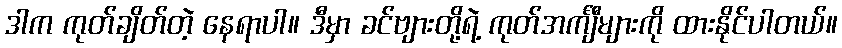
ဒါက ကုတ်ချိတ်တဲ့ နေရာပါ။ ဒီမှာ ခင်ဗျားတို့ရဲ့ ကုတ်အင်္ကျီများကို ထားနိုင်ပါတယ်။